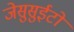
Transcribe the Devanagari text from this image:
जेसुसुईटों